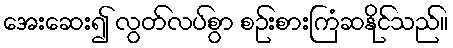
အေးဆေး၍ လွတ်လပ်စွာ စဉ်းစားကြံဆနိုင်သည်။